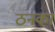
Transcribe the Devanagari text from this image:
ठनका